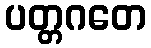
ပတ္တဂတေ